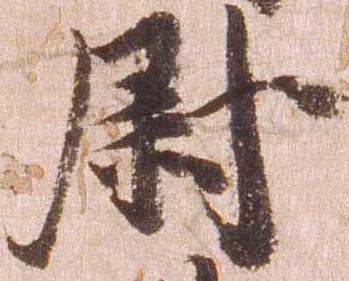
尉